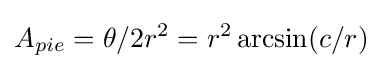
A_{pie}=\theta /2r^{2}=r^{2}\arcsin(c/r)